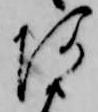
あ